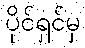
ပိုင်ရှင်မှ